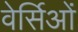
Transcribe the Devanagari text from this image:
वेर्सिओं